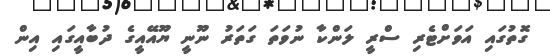
ގޮތުގައި އަވަށްޓެރި ސްރީ ލަންކާ ނުވަތަ ގަތަރު ނޫނީ ޔޫއޭއީގެ ދުބާއީގައި އިން